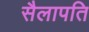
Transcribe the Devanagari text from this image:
सैलापति